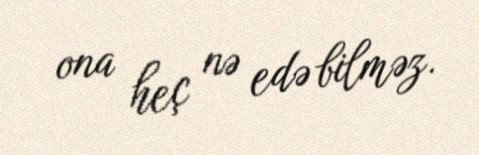
ona heç nə edə bilməz.